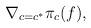
LaTeX: \begin{align*}\nabla_{c=c^*} \pi_c(f),\end{align*}